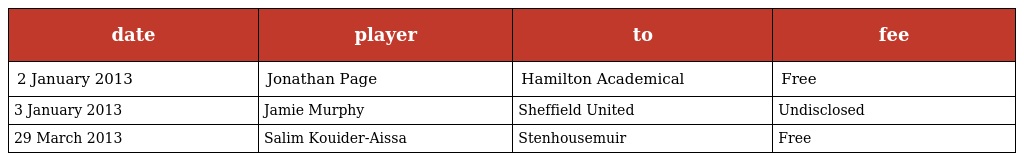
| date | player | to | fee |
 | --- | --- | --- | --- |
 | 2 January 2013 | Jonathan Page | Hamilton Academical | Free |
 | 3 January 2013 | Jamie Murphy | Sheffield United | Undisclosed |
 | 29 March 2013 | Salim Kouider-Aissa | Stenhousemuir | Free |